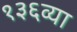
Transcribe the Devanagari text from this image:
१३६व्या